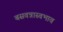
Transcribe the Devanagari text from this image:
बसवन्नास्वभाव